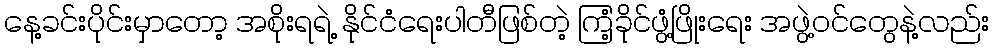
နေ့ခင်းပိုင်းမှာတော့ အစိုးရရဲ့ နိုင်ငံရေးပါတီဖြစ်တဲ့ ကြံ့ခိုင်ဖွံ့ဖြိုးရေး အဖွဲ့ဝင်တွေနဲ့လည်း